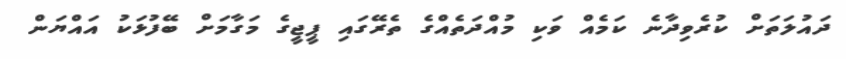
ދައުލަތަށް ކުރެވިދާނެ ކަމެއް ވަކި މުއްދަތެއްގެ ތެރޭގައި ޕީޖީގެ މަގާމަށް ބޭފުޅަކު އައްޔަން